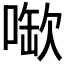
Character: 𫫉